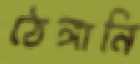
ঠেঙ্গানি